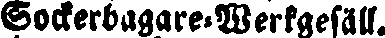
Sockerbagare-Werkgesäll.